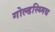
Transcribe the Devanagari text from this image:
गोल्डस्थ्मिथ